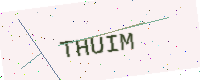
Text: THUIM